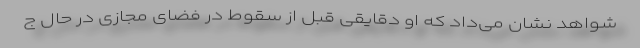
شواهد نشان می‌داد که او دقایقی قبل از سقوط در فضای مجازی در حال ج